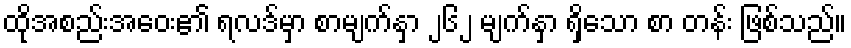
ထိုအစည်းအဝေး၏ ရလဒ်မှာ စာမျက်နှာ ၂၆၂ မျက်နှာ ရှိသော စာ တန်း ဖြစ်သည်။